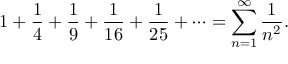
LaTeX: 1 + { \frac { 1 } { 4 } } + { \frac { 1 } { 9 } } + { \frac { 1 } { 1 6 } } + { \frac { 1 } { 2 5 } } + \cdots = \sum _ { n = 1 } ^ { \infty } { \frac { 1 } { n ^ { 2 } } } .